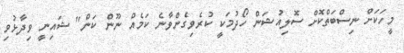
މީހަކަށް ނިސްބަތްކޮށް ސޮލިއުޝަން ހޯދުމަކީ ކުރެވިގެންވާނެ ކަމެއް ނޫން ކަން" ޝައިނީ ވިދާޅުވި